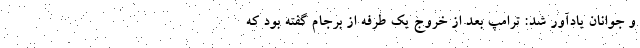
و جوانان یادآور شد: ترامپ بعد از خروج یک طرفه از برجام گفته بود که